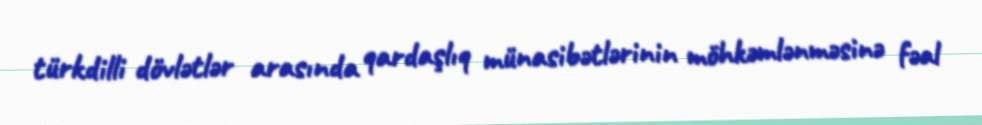
türkdilli dövlətlər arasında qardaşlıq münasibətlərinin möhkəmlənməsinə fəal